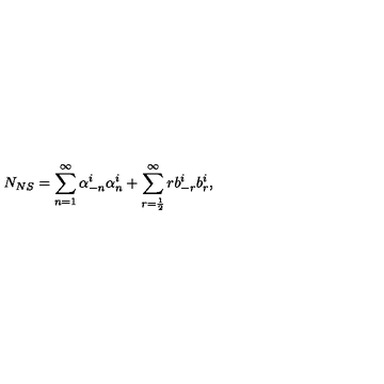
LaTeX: N _ { N S } = \sum _ { n = 1 } ^ { \infty } \alpha _ { - n } ^ { i } \alpha _ { n } ^ { i } + \sum _ { r = \frac { 1 } { 2 } } ^ { \infty } r b _ { - r } ^ { i } b _ { r } ^ { i } ,